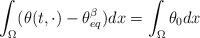
LaTeX: \begin{align*} \int_{\Omega} (\theta(t,\cdot)-\theta^\beta_{eq})dx = \int_\Omega \theta_0 dx\end{align*}